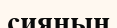
сияның